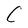
Character: C